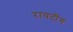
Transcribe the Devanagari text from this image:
रायटींग